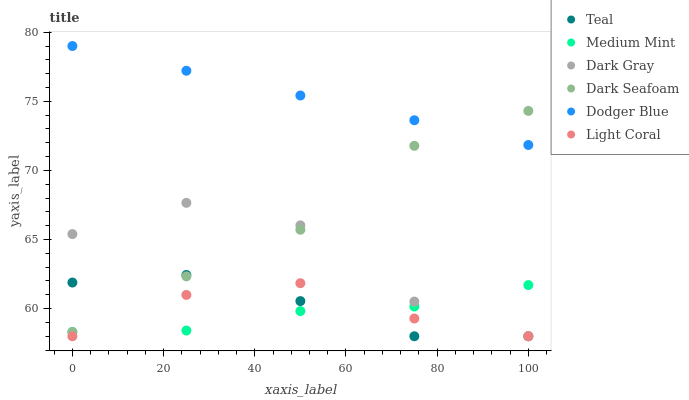
| xaxis_label | Teal | Medium Mint | Dark Gray | Dark Seafoam | Dodger Blue | Light Coral |
 | --- | --- | --- | --- | --- | --- | --- |
 | 0 | 61.9 | 58.3 | 65.4 | 58.3 | 79 | 58 |
 | 25 | 62.4 | 58.4 | 67.7 | 62.3 | 77.2 | 61 |
 | 50 | 60.5 | 59.8 | 66 | 65.7 | 75.4 | 61.8 |
 | 75 | 58 | 60.1 | 60.5 | 71.8 | 73.6 | 59.3 |
 | 100 | 58 | 61.7 | 58 | 74.3 | 71.8 | 58 |